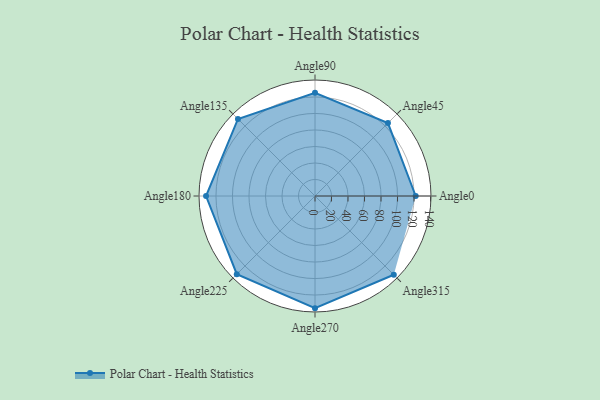
{"axis": {"x": "Angle", "y": "Radius"}, "legend": [""], "data": [{"x": "Angle0", "y": 122.0, "type": ""}, {"x": "Angle45", "y": 125.0, "type": ""}, {"x": "Angle90", "y": 125.0, "type": ""}, {"x": "Angle135", "y": 132.0, "type": ""}, {"x": "Angle180", "y": 132.0, "type": ""}, {"x": "Angle225", "y": 134.0, "type": ""}, {"x": "Angle270", "y": 136.0, "type": ""}, {"x": "Angle315", "y": 135.0, "type": ""}]}